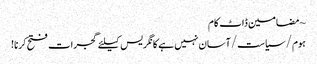
~ مضامین ڈاٹ کام
ہوم/سیاست/آسان نہیں ہے کانگریس کیلئے گجرات فتح کرنا!